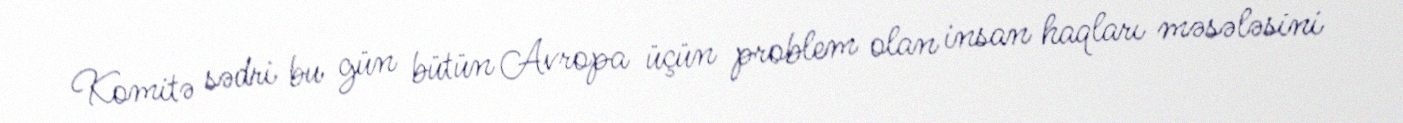
Komitə sədri bu gün bütün Avropa üçün problem olan insan haqları məsələsini